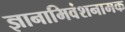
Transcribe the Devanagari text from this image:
ज्ञानामिवंशनामक